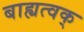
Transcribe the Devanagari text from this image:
बाह्यत्वक्